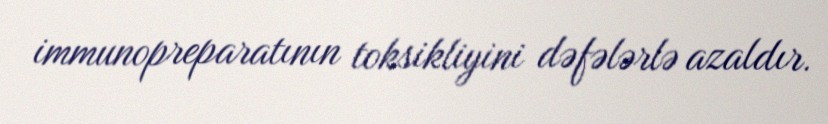
immunopreparatının toksikliyini dəfələrlə azaldır.